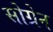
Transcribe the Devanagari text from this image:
सोग्रेन